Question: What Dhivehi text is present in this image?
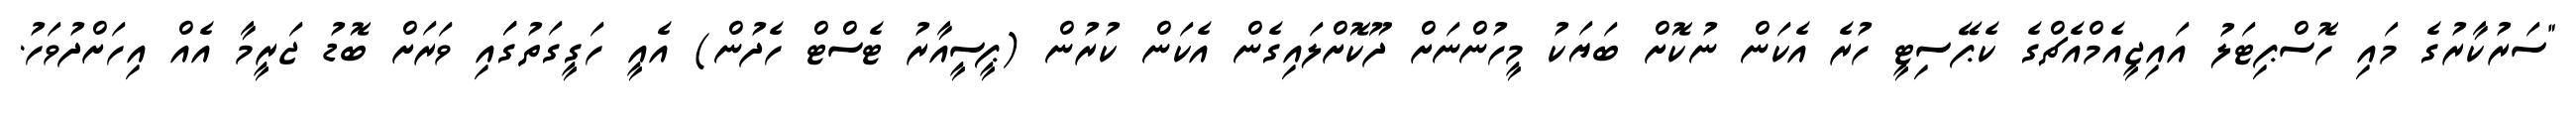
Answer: "ސަރުކާރުގެ މައި ހޮސްޕިޓަލު އައިޖީއެމްއެޗްގެ ކެޕޭސިޓީ ހުރެ އެކަން ނުކޮށް ބަޔަކު މީހުންނަށް ދޫކޮށްލައިގެން އެކަން ކުރުން (ޕީސީއާރު ޓެސްޓް ހެދުން) އެއީ ހަގީގަތުގަައި ވަރަށް ބޮޑު ޖަރީމާ އެއް އިހަށްދުވަހު.